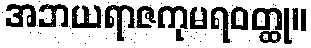
အဘယရာဇကုမရဝတ္ထု။